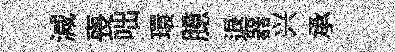
減喪咄環臆退器兴承